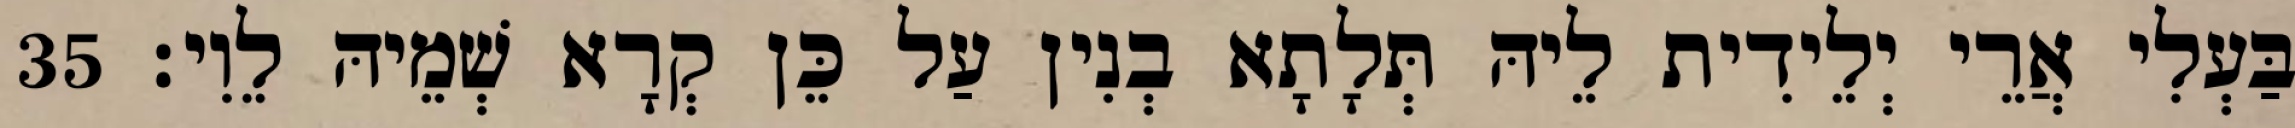
בַּעְלִי אֲרֵי יְלֵידִית לֵיהּ תְּלָתָא בְנִין עַל כֵּן קְרָא שְׁמֵיהּ לֵוִי׃ 35